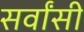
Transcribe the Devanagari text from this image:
सर्वांसी